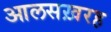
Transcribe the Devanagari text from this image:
आलसख़रह